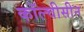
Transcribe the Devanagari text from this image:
कॉल्चीसीन